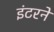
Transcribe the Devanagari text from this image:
इंटरने